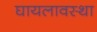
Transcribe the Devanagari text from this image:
घायलावस्था